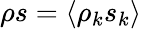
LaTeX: \rho s=\langle\rho_{k}s_{k}\rangle